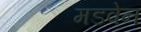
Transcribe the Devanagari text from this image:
मडवेन